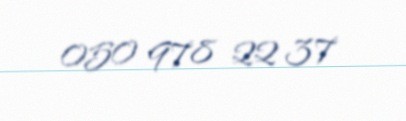
050 978 22 37